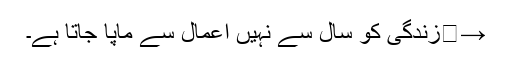
→	زندگی کو سال سے نہیں اعمال سے ماپا جاتا ہے۔